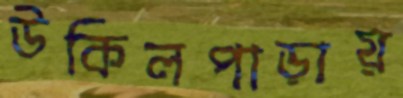
উকিলপাড়ায়